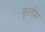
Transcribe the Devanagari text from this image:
कूलोम